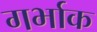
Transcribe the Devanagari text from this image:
गर्भाक